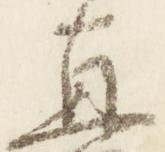
直